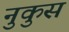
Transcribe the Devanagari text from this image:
नुकुस